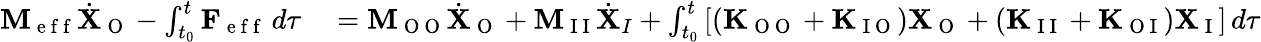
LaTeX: \begin{array}{rl}{\mathbf{M}_{\mathrm{~e~f~f~}}\dot{\mathbf{X}}_{\mathrm{~O~}}-\int_{t_{0}}^{t}\mathbf{F}_{\mathrm{~e~f~f~}}\, d\tau}&{{}=\mathbf{M}_{\mathrm{~O~O~}}\dot{\mathbf{X}}_{\mathrm{~O~}}+\mathbf{M}_{\mathrm{~I~I~}}\dot{\mathbf{X}}_{I}+\int_{t_{0}}^{t}\left[(\mathbf{K}_{\mathrm{~O~O~}}+\mathbf{K}_{\mathrm{~I~O~}})\mathbf{X}_{\mathrm{~O~}}+(\mathbf{K}_{\mathrm{~I~I~}}+\mathbf{K}_{\mathrm{~O~I~}})\mathbf{X}_{\mathrm{~I~}}\right]\, d\tau}\end{array}